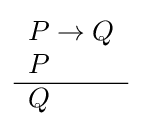
{\begin{array}{l}P\to Q\\P\\\hline Q\end{array}}